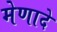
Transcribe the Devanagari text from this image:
मेणादे